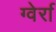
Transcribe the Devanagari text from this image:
ग्वेर्रा